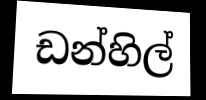
ඩන්හිල්